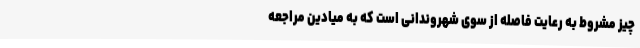
چیز مشروط به رعایت فاصله از سوی شهروندانی است که به میادین مراجعه